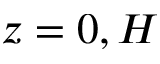
z = 0 , H